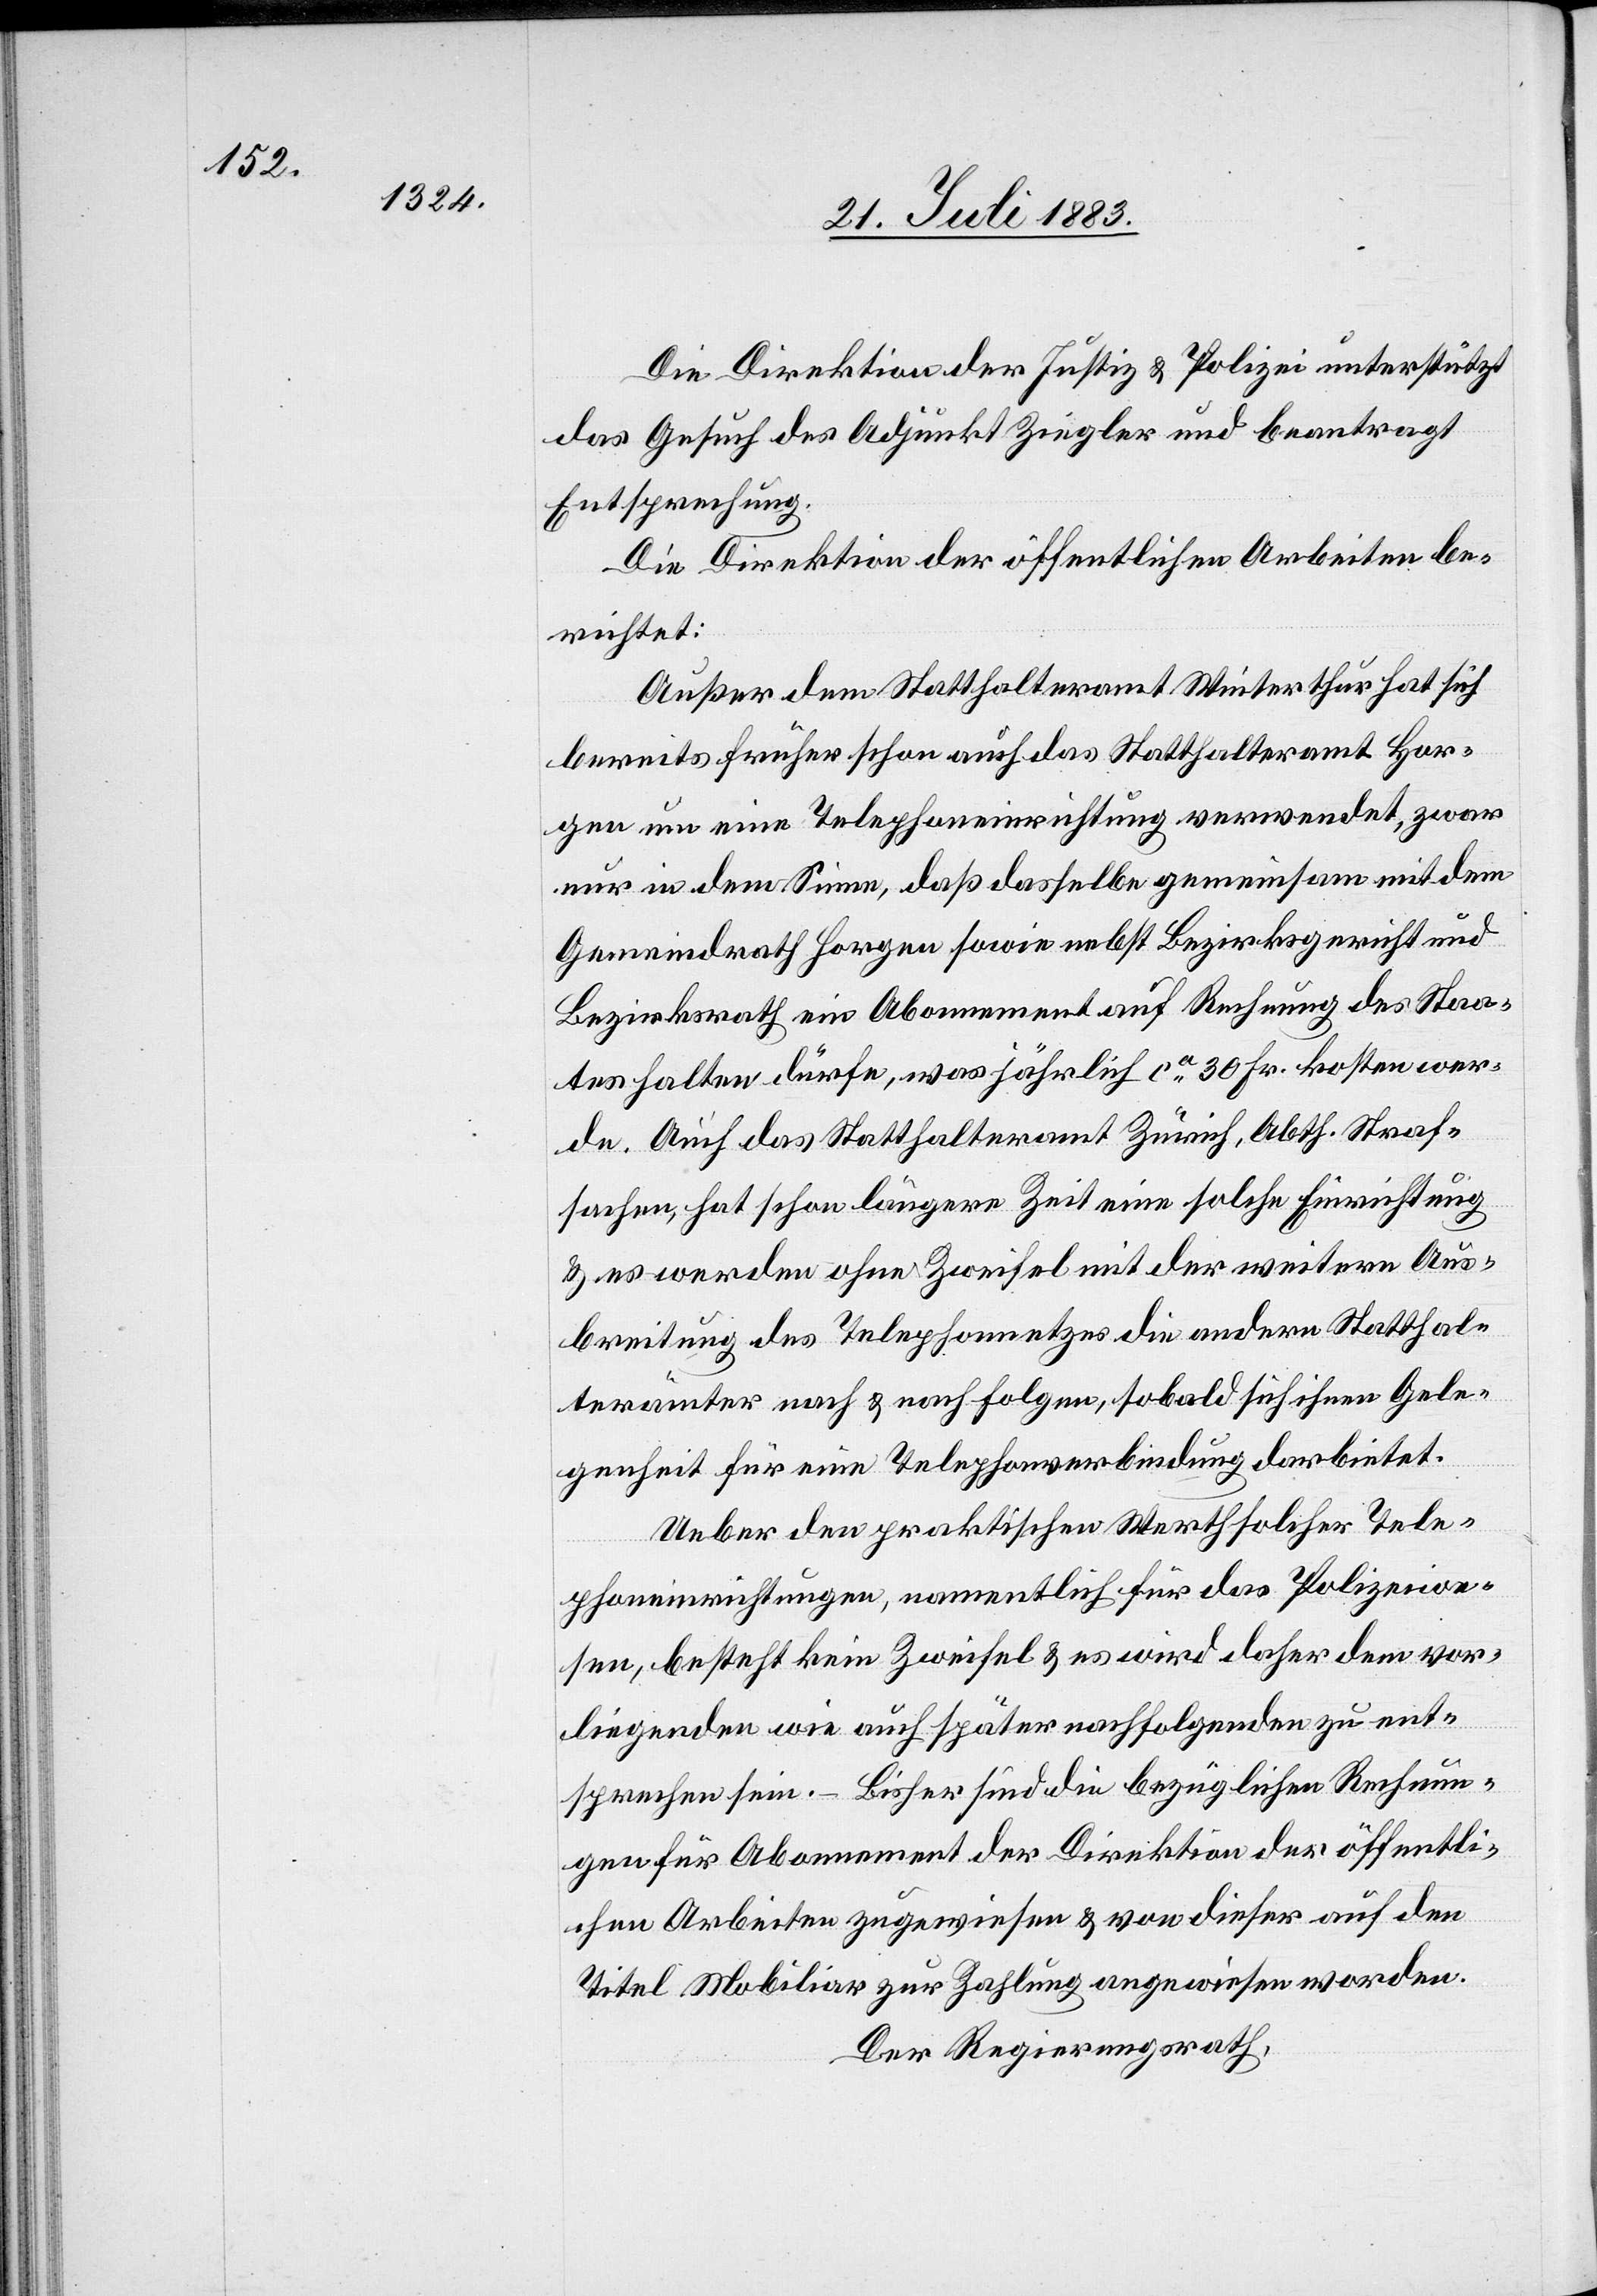
Die Direktion der Justiz- & Polizei unterstützt
das Gesuch des Adjunkt Ziegler und beantragt
Entsprechung.
Die Direktion der öffentlichen Arbeiten be¬
richtet:
Außer dem Statthalteramt Winterthur hat sich
bereits früher schon auch das Statthalteramt Hor¬
gen um eine Telephoneinrichtung verwendet, zwar
nur in dem Sinne, daß dasselbe gemeinsam mit dem
Gemeindrath Horgen sowie nebst Bezirksgericht und
Bezirksrath ein Abonnement auf Rechnung des Staa¬
tes halten dürfe, was jährlich ca 30 Fr. kosten wer¬
de. Auch das Statthalteramt Zürich, Abth. Straf¬
sachen, hat schon längere Zeit eine solche Einrichtung
& es werden ohne Zweifel mit der weitern Aus¬
breitung des Telephonnetzes die andern Statthal¬
terämter nach & nach folgen, sobald sich ihnen Gele¬
genheit für eine Telephonverbindung darbietet.
Ueber den praktischen Werth solcher Tele¬
phoneinrichtungen, namentlich für das Polizeiwe¬
sen, besteht kein Zweifel & es wird daher dem vor¬
liegenden wie auch später nachfolgenden [Gesuchen]
entsprechen sein. – Bisher sind die bezüglichen Rechnun¬
gen für Abonnement der Direktion der öffentli¬
chen Arbeiten zugewiesen & von dieser auf den
Titel Mobiliar zur Zahlung angewiesen worden.
Der Regierungsrath,